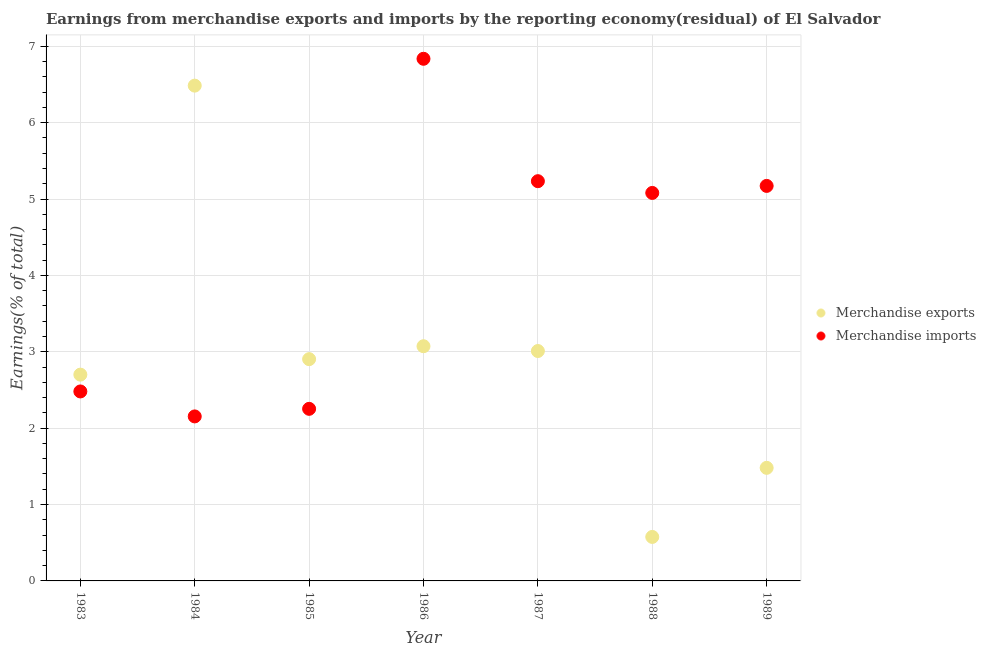
| Year | Merchandise exports | Merchandise imports |
 | --- | --- | --- |
 | 1983 | 2.7 | 2.48 |
 | 1984 | 6.48 | 2.15 |
 | 1985 | 2.9 | 2.25 |
 | 1986 | 3.07 | 6.84 |
 | 1987 | 3.01 | 5.23 |
 | 1988 | 0.576 | 5.08 |
 | 1989 | 1.48 | 5.17 |